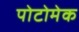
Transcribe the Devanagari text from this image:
पोटोमेक